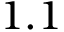
1 . 1